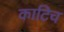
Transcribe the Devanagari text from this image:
काटिच